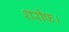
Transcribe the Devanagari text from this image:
शरीफ।